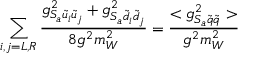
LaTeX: \sum _ { i , j = L , R } \frac { g _ { S _ { a } \tilde { u } _ { i } \tilde { u } _ { j } } ^ { 2 } + g _ { S _ { a } \tilde { d } _ { i } \tilde { d } _ { j } } ^ { 2 } } { 8 g ^ { 2 } m _ { W } ^ { 2 } } = \frac { < g _ { S _ { a } \tilde { q } \tilde { q } } ^ { 2 } > } { g ^ { 2 } m _ { W } ^ { 2 } }